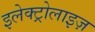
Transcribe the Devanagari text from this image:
इलेक्ट्रोलाइज़